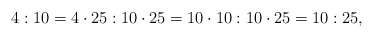
\begin{align*} 4:10=4\cdot25:10\cdot25=10\cdot10:10\cdot25=10:25, \end{align*}